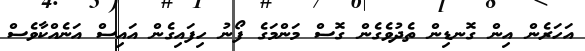
އަހަރެން އިން ގޮނޑިން ތެދުވެގެން ގޮސް މަންމަގެ ފޯނު ހިފައިގެން އައިސް އަނެއްކާވެސް